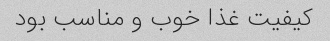
کیفیت غذا خوب و مناسب بود